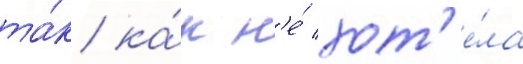
та́к ка́к н'е́ хот'е́ла